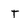
Character: T